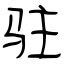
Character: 驻